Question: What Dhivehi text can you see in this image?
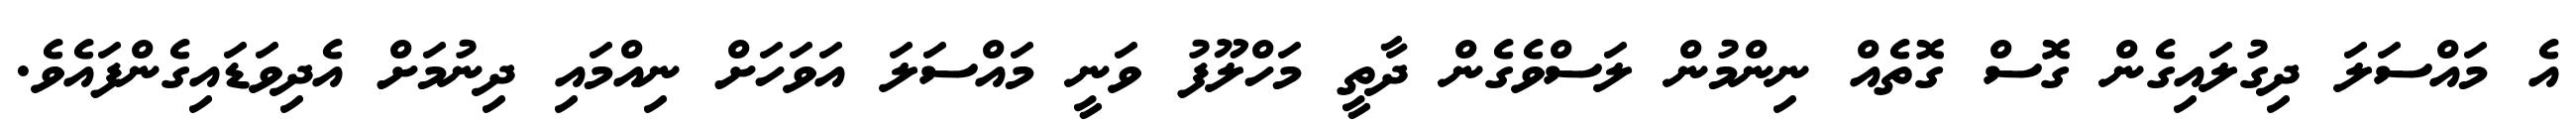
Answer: އެ މައްސަލަ ދިގުލައިގެން ގޮސް ގޮތެއް ނިންމުން ލަސްވެގެން ދާތީ މަހްލޫފު ވަނީ މައްސަލަ އަވަހަށް ނިއްމައި ދިނުމަށް އެދިވަޑައިގެންފައެވެ.